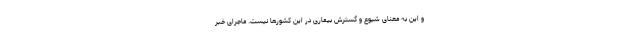
و این به معنای شیوع و گسترش بیماری در این کشورها نیست. ماجرای خبر